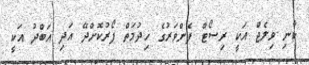
ކާނި ވިލެޖް އަކީ ރިސޯޓް ފެންވަރުގެ ހިދުމަތް ފޯރުކޮށްދޭ އަދި އަބްދު އަކީ